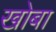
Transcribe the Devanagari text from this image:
खोबा